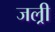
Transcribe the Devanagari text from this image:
जल्री